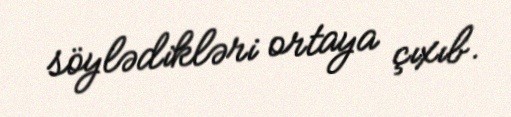
söylədikləri ortaya çıxıb.